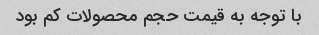
با توجه به قیمت حجم محصولات کم بود